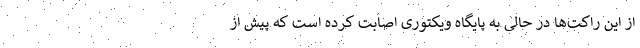
از این راکت‌ها در حالی به پایگاه ویکتوری اصابت کرده است که پیش از